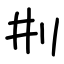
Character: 㓝